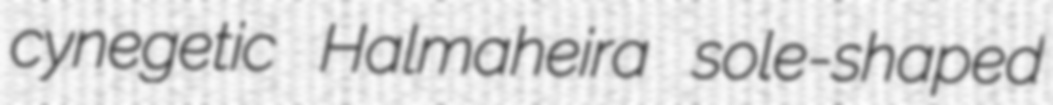
cynegetic Halmaheira sole-shaped